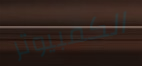
الكمبيوتر